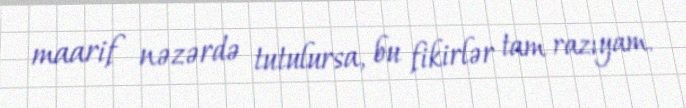
maarif nəzərdə tutulursa, bu fikirlər tam razıyam.